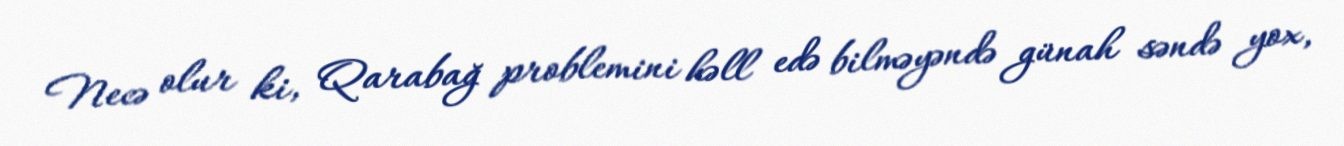
Necə olur ki, Qarabağ problemini həll edə bilməyəndə günah səndə yox,